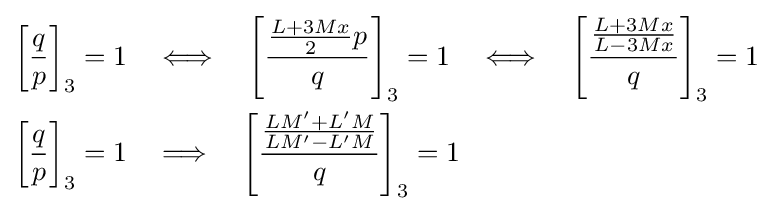
{\begin{aligned}\left[{\frac {q}{p}}\right]_{3}=1\quad &\Longleftrightarrow \quad \left[{\frac {{\frac {L+3Mx}{2}}p}{q}}\right]_{3}=1\quad \Longleftrightarrow \quad \left[{\frac {\frac {L+3Mx}{L-3Mx}}{q}}\right]_{3}=1\\\left[{\frac {q}{p}}\right]_{3}=1\quad &\Longrightarrow \quad \left[{\frac {\frac {LM'+L'M}{LM'-L'M}}{q}}\right]_{3}=1\end{aligned}}